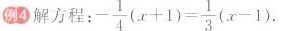
例4 解方程：- \frac{1}{4}(x+1)= \frac{1}{3}(x-1)